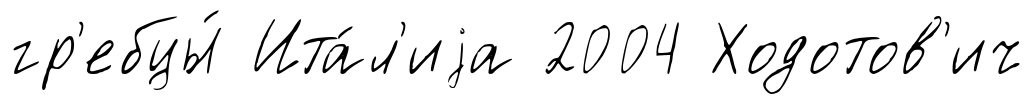
гр'ебцы́ Ита́л'иjа 2004 Ходотов'ич